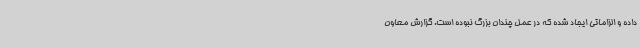
داده و الزاماتی ایجاد شده که در عمل چندان بزرگ نبوده است. گزارش معاون